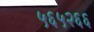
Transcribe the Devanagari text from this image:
५६५२६६